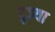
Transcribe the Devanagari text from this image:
दुज्या